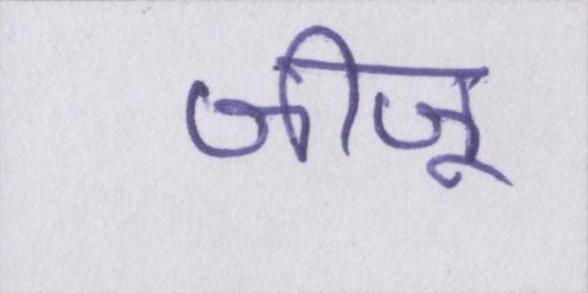
जीजू